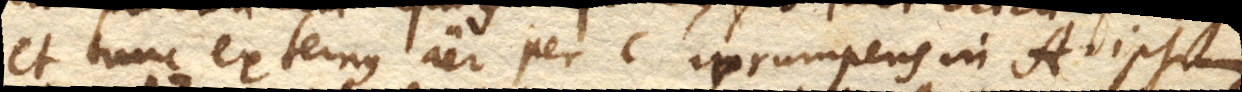
et tunc externus aer per c. irrumpens in A. ipsum